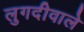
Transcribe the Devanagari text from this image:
लुगदीवाले